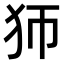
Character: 𤜳